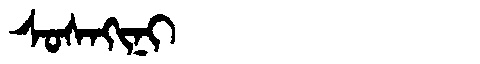
Manchu: ᠰᠣᠰᠠᡴᡳᠨᡳ
Romanization: SOSAKINI